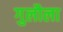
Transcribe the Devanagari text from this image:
गुलौला